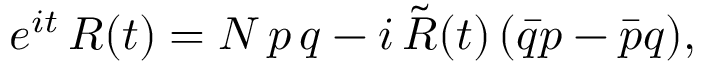
e ^ { i t } \, R ( t ) = N \, p \, q - i \, \tilde { R } ( t ) \, ( \bar { q } p - \bar { p } q ) ,